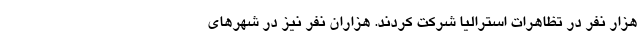
هزار نفر در تظاهرات استرالیا شرکت کردند. هزاران نفر نیز در شهرهای